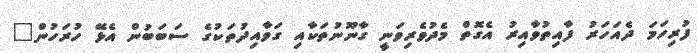
ފުރިހަމަ ދެއަހަރު ފާއިތުވާއިރު އެގޮތް މެދުވެރިވަނީ ގާނޫނުތަކާއި ގަވާއިދުތަކުގެ ސަބަބުން އެޅޭ ހުރަހުން"